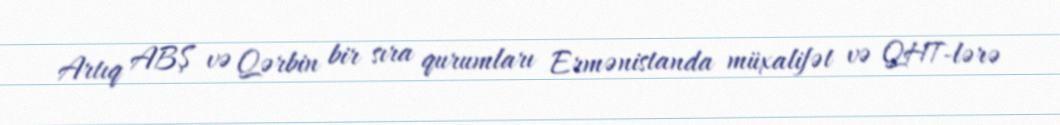
Artıq ABŞ və Qərbin bir sıra qurumları Ermənistanda müxalifət və QHT-lərə